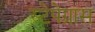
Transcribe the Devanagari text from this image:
स्टेपेग्रास